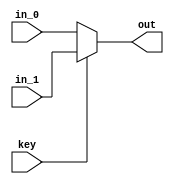
module Mux_5b (input [4:0] in_0, input [4:0] in_1, input key, output reg [4:0] out);

always @ (key or in_0 or in_1)
begin
	if (key)
		out <= in_1;
	else
		out <= in_0;
end

endmodule